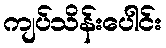
ကျပ်သိန်းပေါင်း